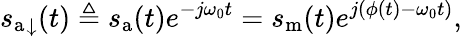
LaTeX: {s_{\mathrm{a}}}_{\downarrow}(t)\triangleq s_{\mathrm{a}}(t)e^{-j\omega_{0}t}=s_{\mathrm{m}}(t)e^{j(\phi(t)-\omega_{0}t)},